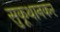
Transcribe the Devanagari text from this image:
सुकूथानकर